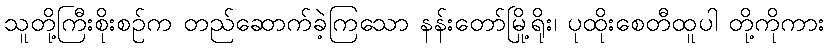
သူတို့ကြီးစိုးစဉ်က တည်ဆောက်ခဲ့ကြသော နန်းတော်မြို့ရိုး၊ ပုထိုးစေတီထူပါ တို့ကိုကား